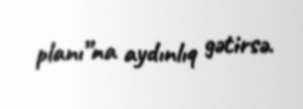
planı”na aydınlıq gətirsə.